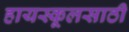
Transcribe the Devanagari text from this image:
हायस्कूलसाठी